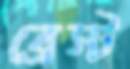
ব্রেস্ট